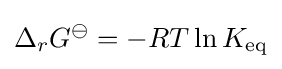
\Delta _{r}G^{\ominus }=-RT\ln K_{\mathrm {eq} }